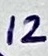
Text: 12